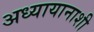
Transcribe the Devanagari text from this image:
अध्यायानाशी